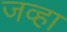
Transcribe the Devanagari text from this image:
जव्हा